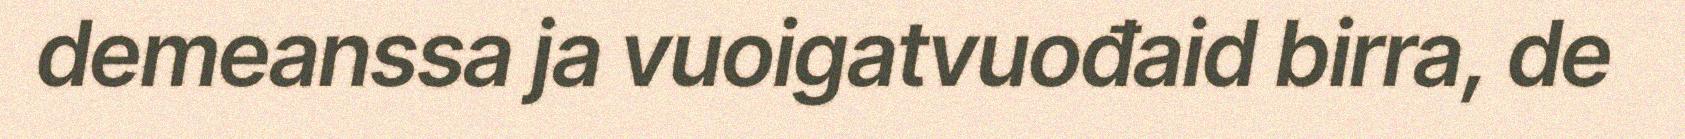
demeanssa ja vuoigatvuođaid birra, de